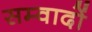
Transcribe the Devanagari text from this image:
सम्वादों